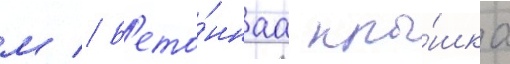
м // Б'ето́ннаа кры́шка